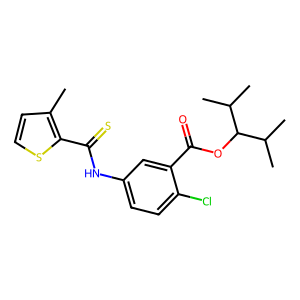
SMILES: Cc1ccsc1C(=S)Nc1ccc(Cl)c(C(=O)OC(C(C)C)C(C)C)c1
Inhibits HIV replication: Yes